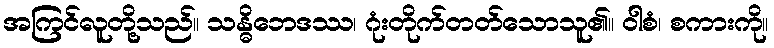
အကြင်လူတို့သည်။ သန္ဓိဘေဒဿ၊ ဂုံးတိုက်တတ်သောသူ၏။ ဝါစံ၊ စကားကို။